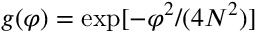
g ( \varphi ) = \exp [ - \varphi ^ { 2 } / ( 4 N ^ { 2 } ) ]